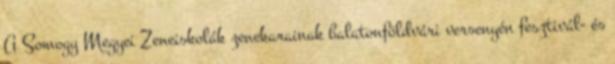
A Somogy Megyei Zeneiskolák zenekarainak balatonföldvári versenyén fesztivál- és